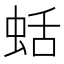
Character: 蛞